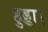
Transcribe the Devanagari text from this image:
हुड्डा।